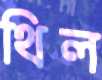
থিল